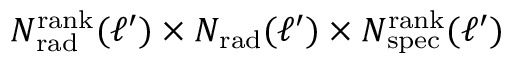
N _ { \mathrm { r a d } } ^ { \mathrm { r a n k } } ( \ell ^ { \prime } ) \times N _ { \mathrm { r a d } } ( \ell ^ { \prime } ) \times N _ { \mathrm { s p e c } } ^ { \mathrm { r a n k } } ( \ell ^ { \prime } )